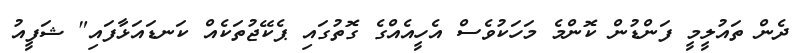
ދެން ތައުލީމީ ފަންޑުން ކޮންމެ މަހަކުވެސް އެހީއެއްގެ ގޮތުގައި ޕެކޭޖުތަކެއް ކަނޑައަޅާފައި" ޝަފީއު